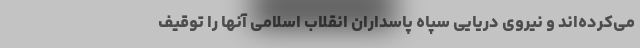
می‌کرده‌اند و نیروی دریایی سپاه پاسداران انقلاب اسلامی آنها را توقیف